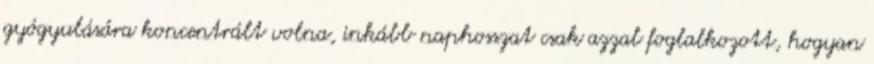
gyógyulására koncentrált volna, inkább naphosszat csak azzal foglalkozott, hogyan